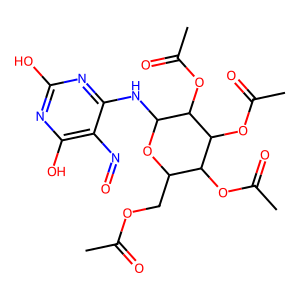
SMILES: CC(=O)OCC1OC(Nc2nc(O)nc(O)c2N=O)C(OC(C)=O)C(OC(C)=O)C1OC(C)=O
Inhibits HIV replication: No